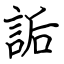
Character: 詬